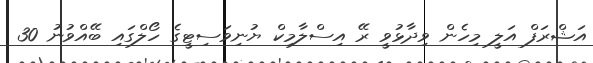
އަޝްރަފް އަލީ މިހެން ވިދާޅުވީ ރޭ އިސްލާމިކް ޔުނިވަސިޓީގެ ހޯލްގައި ބޭއްވުނު 30